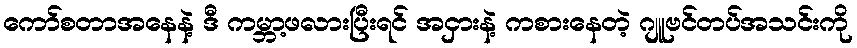
ကော်စတာအနေနဲ့ ဒီ ကမ္ဘာ့ဖလားပြီးရင် အငှားနဲ့ ကစားနေတဲ့ ဂျူဗင်တပ်အသင်းကို